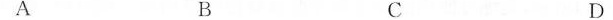
A B C D